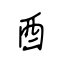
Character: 酉